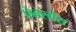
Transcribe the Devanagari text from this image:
फेबरगैस